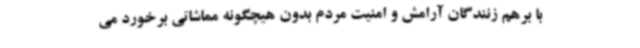
با برهم زنندگان آرامش و امنیت مردم بدون هیچگونه مماشاتی برخورد می